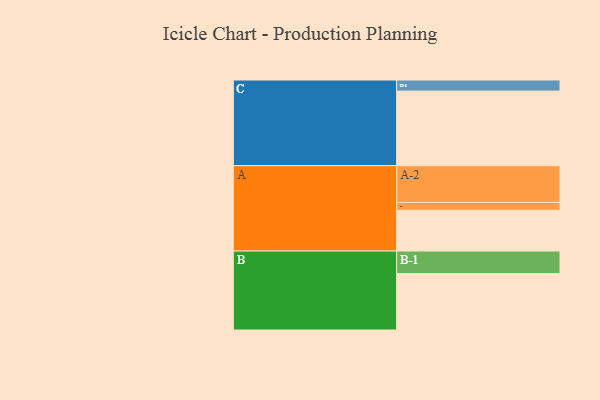
{"axis": {"x": "Segment", "y": "Value"}, "legend": ["", "A", "B", "C"], "data": [{"x": "A", "y": 326, "type": ""}, {"x": "B", "y": 452, "type": ""}, {"x": "C", "y": 597, "type": ""}, {"x": "A-1", "y": 63, "type": "A"}, {"x": "A-2", "y": 294, "type": "A"}, {"x": "B-1", "y": 180, "type": "B"}, {"x": "C-1", "y": 89, "type": "C"}]}